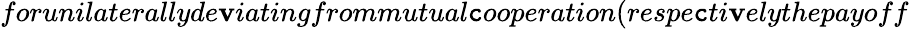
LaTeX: forunilaterallyde\mathbf{v}iatingfrommutual\mathtt{c}ooperation(respe\mathtt{c}ti\mathbf{v}elythepayoff